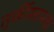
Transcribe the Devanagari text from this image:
तुर्कीस्तानचा